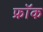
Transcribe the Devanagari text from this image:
फ्राॅक